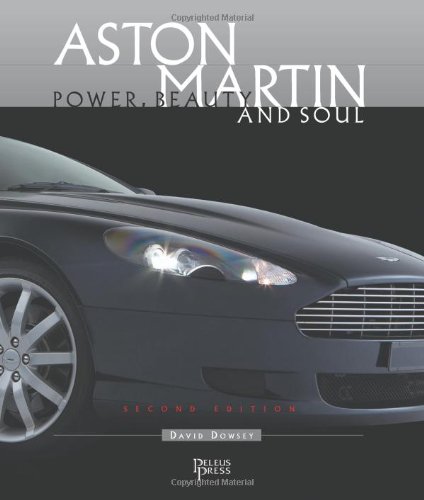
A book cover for Aston Martin: Power, Beauty and Soul; David Dowsey; Engineering & Transportation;